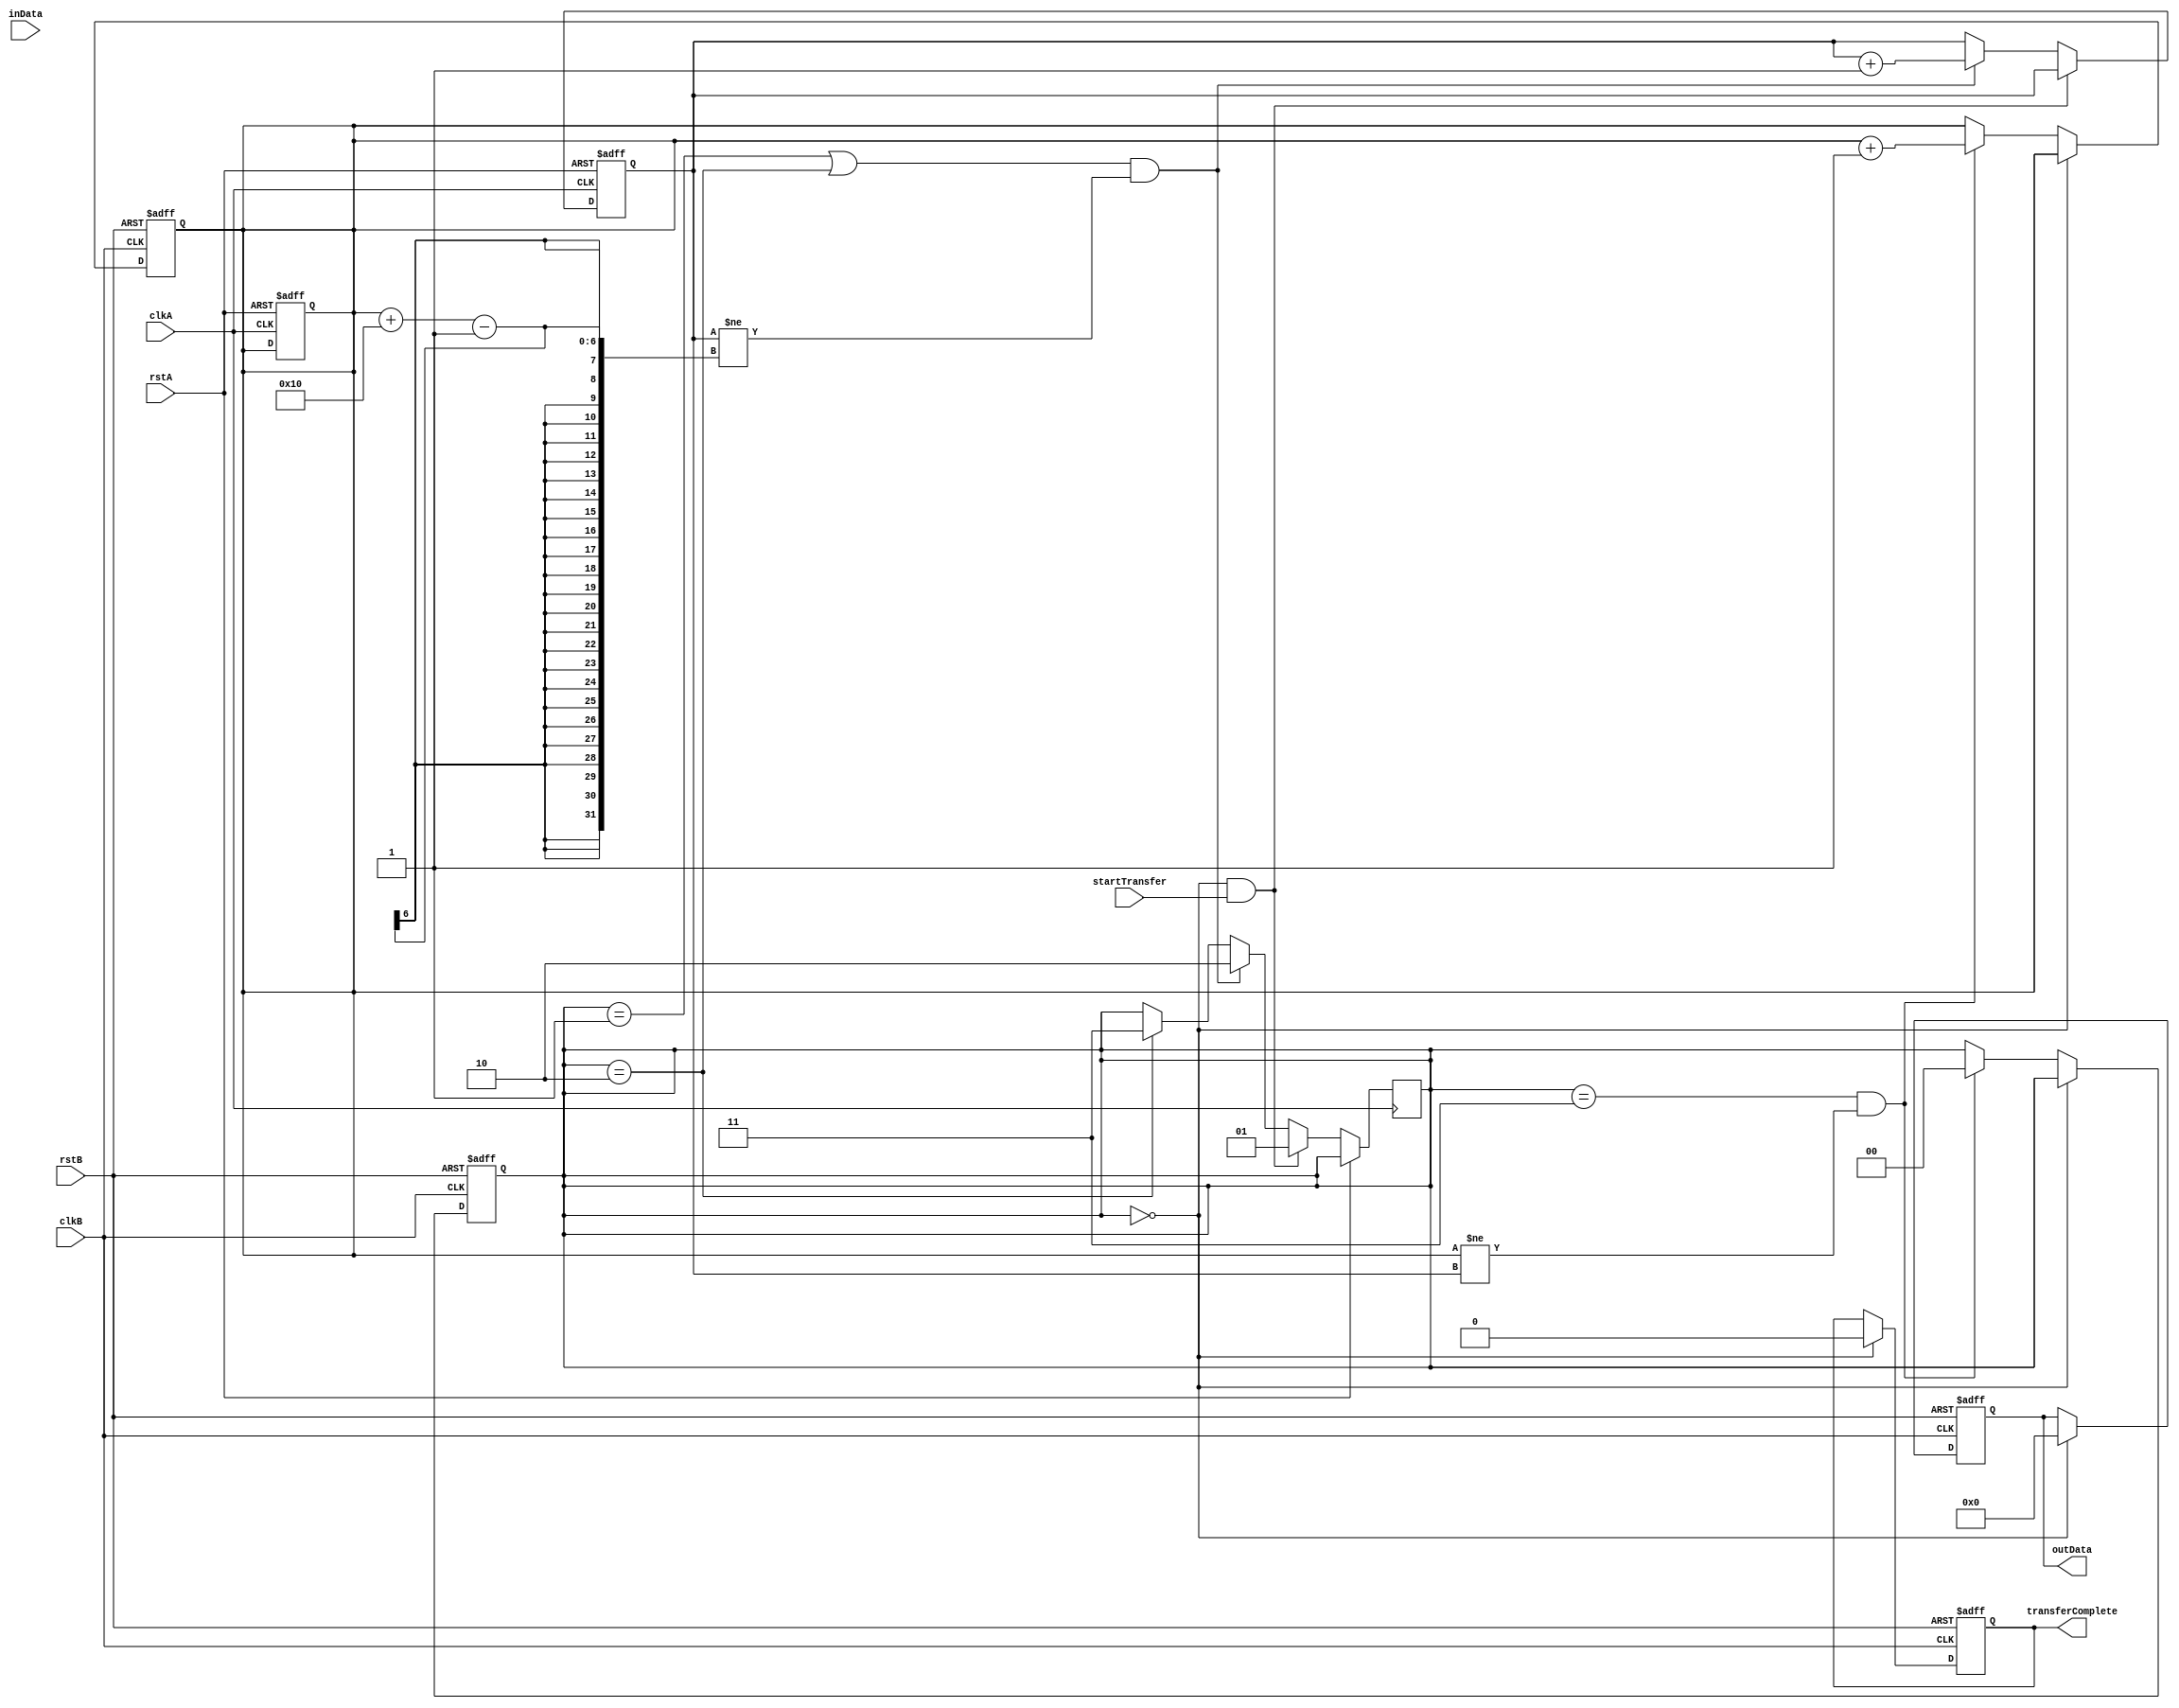
module BurstSynchronizer (
    input wire clkA,
    input wire rstA,
    input wire clkB,
    input wire rstB,
    input wire [DATA_WIDTH-1:0] inData,
    input wire startTransfer,
    output reg [DATA_WIDTH-1:0] outData,
    output reg transferComplete
);

parameter DATA_WIDTH = 8;
parameter FIFO_DEPTH = 16;

reg [DATA_WIDTH-1:0] fifo [0:FIFO_DEPTH-1];
reg [4:0] readPtr, writePtr;
reg [DATA_WIDTH-1:0] dataIn, dataOut;
reg [1:0] state;

initial begin
    readPtr = 0;
    writePtr = 0;
    state = 0;
    transferComplete = 0;
end

// Synchronous FIFO
always @(posedge clkA or posedge rstA) begin
    if (rstA) begin
        readPtr <= 0;
        writePtr <= 0;
    end else begin
        if (state == 0 && startTransfer) begin
            dataIn <= inData;
            state <= 1;
        end else if ((state == 1 || state == 2) && (writePtr != readPtr + FIFO_DEPTH - 1)) begin
            fifo[writePtr] <= dataIn;
            writePtr <= writePtr + 1;
            state <= 2;
        end else if (state == 2) begin
            state <= 3;
        end
    end
end

// Data transfer and synchronization
always @(posedge clkB or posedge rstB) begin
    if (rstB) begin
        readPtr <= 0;
        state <= 0;
        outData <= 0;
        transferComplete <= 0;
    end else if (state == 0) begin
        outData <= 0;
        transferComplete <= 0;
    end else if (state == 3 && (readPtr != writePtr)) begin
        dataOut <= fifo[readPtr];
        readPtr <= readPtr + 1;
        state <= 4;
    end else if (state == 4) begin
        outData <= dataOut;
        transferComplete <= 1;
        state <= 0;
    end
end

endmodule